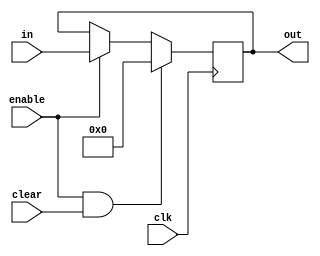
module pieceReg(in, enable, clear, clk, out);
  input [5:0] in;
  input enable;
  input clear;
  input clk;
  output [5:0] out;
  
  reg [5:0] states;
  
  always @ (posedge clk) begin
    if(enable && clear) begin
      states = 6'b000000;
    end
    
    else if(enable) begin
      states <= in;
    end
  end
  
  assign out = states;
  
endmodule